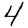
Digit: 4